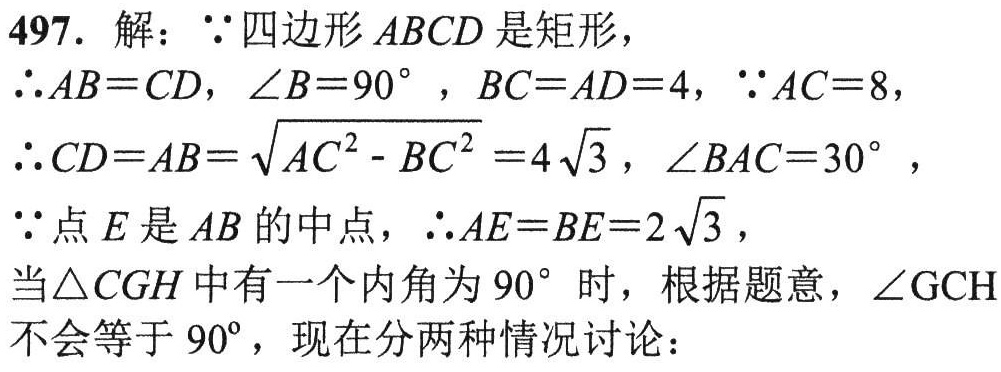
497. 解：\(\because\)四边形\(ABCD\)是矩形，
\(\therefore AB = CD\)，\(\angle B = 90^{\circ}\)，\(BC = AD = 4\)，\(\because AC = 8\)，
\(\therefore CD = AB=\sqrt{AC^{2}-BC^{2}} = 4\sqrt{3}\)，\(\angle BAC = 30^{\circ}\)，
\(\because\)点\(E\)是\(AB\)的中点，\(\therefore AE = BE = 2\sqrt{3}\)，
当\(\triangle CGH\)中有一个内角为\(90^{\circ}\)时，根据题意，\(\angle GCH\)不会等于\(90^{\circ}\)，现在分两种情况讨论：